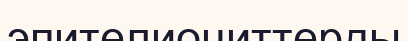
эпителиоциттерды